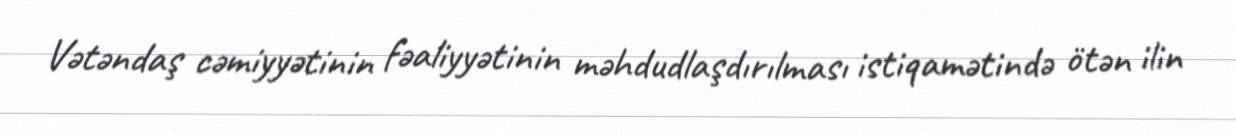
Vətəndaş cəmiyyətinin fəaliyyətinin məhdudlaşdırılması istiqamətində ötən ilin